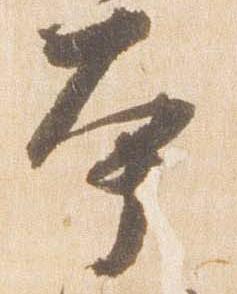
本